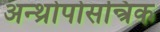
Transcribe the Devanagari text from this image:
अन्थ्रोपोसन्त्रिक